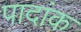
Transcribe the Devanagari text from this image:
पादांक